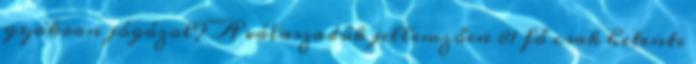
gyakran jógázol? A válaszadók jellemzően 81 fő csak hetente